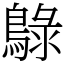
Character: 鵦